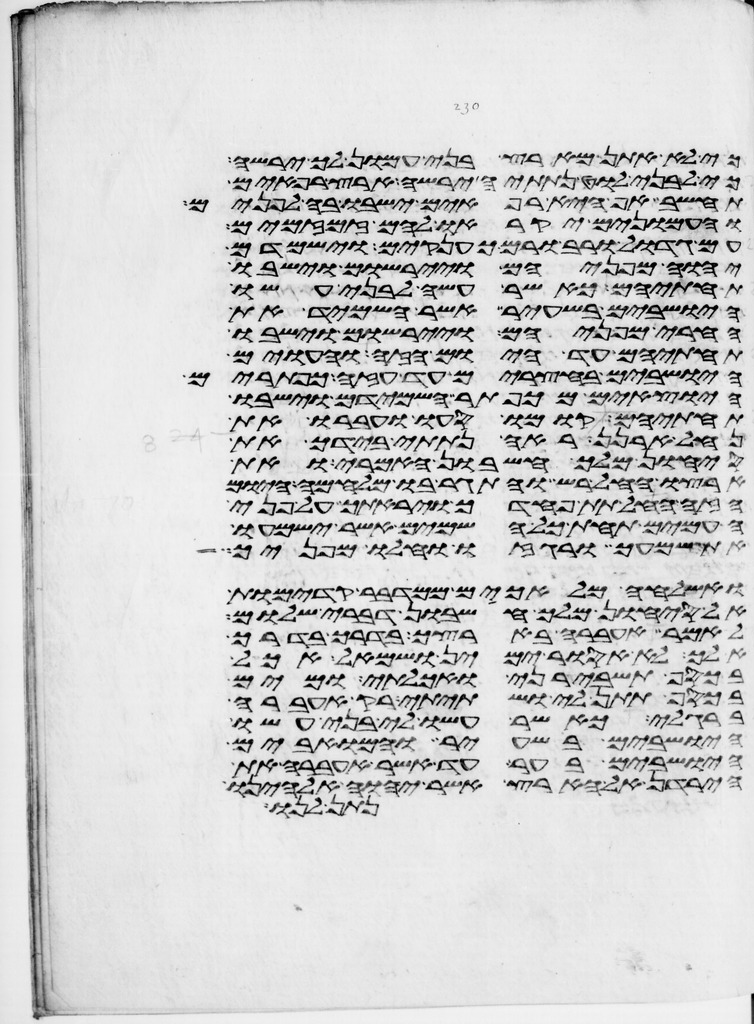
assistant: כי לא אתן מארץ בני עמון לך ירשה
כי לבני לוט נתתיה ירשה ארץ רפאים
תחשב אף היא רפאים ישבו בה לפנים
והעמונים יקראו להם זמזמים
עם גדול ורב ורם כענקים וישמדם
יהוה מפניהם ויירשום וישבו
תחתיהם כאשר עשה לבני עשו
הישבים בשעיר אשר השמיד את
החרי מפניהם ויירשום וישבו
תחתיהם עד היום הזה והעוים
הישבים בחצרים עד עזה כפתרים
היוצאים מכפתר השמידם וישבו
תחתם קומו סעו ועברו את
נחל ארנן ראה נתתי בידך את
סיחון מלך חשבון האמרי ואת
ארצו החל רש והתגר בו מלחמה היום
הזה החל תת פחדך ויראתך על פני
העמים תחת כל השמים אשר ישמעו
את שמעך ורגזו וחלו מפניך
ואשלחה מלאכים ממדבר קדמות
אל סיחון מלך חשבון דברי שלום
לאמר אעברה בארצך בדרך בדרך
אלך לא אסור ימין ושמאל אכל
בכסף תשבירני ואכלתי ומים
בכסף תתן לי ושתיתי רק אעברה
ברגלי כאשר עשו לי בני עשו
הישבים בשעיר והמואבים
הישבים בער עד אשר אעברה את
הירדן אל הארץ אשר יהוה אלהינו
נתן לנו